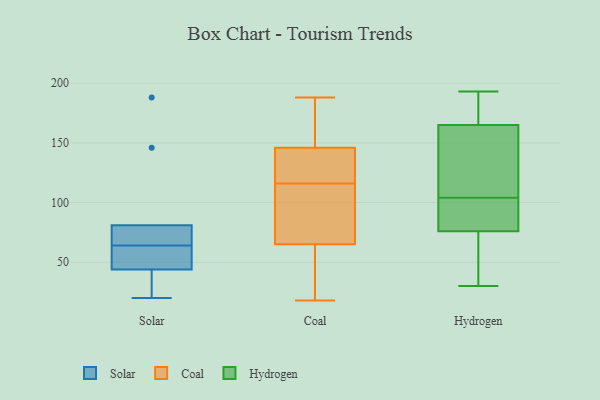
{"axis": {"x": "Population (Million)", "y": "Value"}, "legend": ["Coal", "Hydrogen", "Solar"], "data": [{"x": "", "y": 67, "type": "Solar"}, {"x": "", "y": 61, "type": "Solar"}, {"x": "", "y": 44, "type": "Solar"}, {"x": "", "y": 45, "type": "Solar"}, {"x": "", "y": 40, "type": "Solar"}, {"x": "", "y": 81, "type": "Solar"}, {"x": "", "y": 20, "type": "Solar"}, {"x": "", "y": 188, "type": "Solar"}, {"x": "", "y": 146, "type": "Solar"}, {"x": "", "y": 75, "type": "Solar"}, {"x": "", "y": 139, "type": "Coal"}, {"x": "", "y": 39, "type": "Coal"}, {"x": "", "y": 65, "type": "Coal"}, {"x": "", "y": 146, "type": "Coal"}, {"x": "", "y": 100, "type": "Coal"}, {"x": "", "y": 165, "type": "Coal"}, {"x": "", "y": 38, "type": "Coal"}, {"x": "", "y": 18, "type": "Coal"}, {"x": "", "y": 173, "type": "Coal"}, {"x": "", "y": 130, "type": "Coal"}, {"x": "", "y": 188, "type": "Coal"}, {"x": "", "y": 102, "type": "Coal"}, {"x": "", "y": 85, "type": "Coal"}, {"x": "", "y": 138, "type": "Coal"}, {"x": "", "y": 185, "type": "Hydrogen"}, {"x": "", "y": 78, "type": "Hydrogen"}, {"x": "", "y": 104, "type": "Hydrogen"}, {"x": "", "y": 86, "type": "Hydrogen"}, {"x": "", "y": 85, "type": "Hydrogen"}, {"x": "", "y": 30, "type": "Hydrogen"}, {"x": "", "y": 76, "type": "Hydrogen"}, {"x": "", "y": 137, "type": "Hydrogen"}, {"x": "", "y": 57, "type": "Hydrogen"}, {"x": "", "y": 112, "type": "Hydrogen"}, {"x": "", "y": 150, "type": "Hydrogen"}, {"x": "", "y": 192, "type": "Hydrogen"}, {"x": "", "y": 57, "type": "Hydrogen"}, {"x": "", "y": 171, "type": "Hydrogen"}, {"x": "", "y": 38, "type": "Hydrogen"}, {"x": "", "y": 165, "type": "Hydrogen"}, {"x": "", "y": 193, "type": "Hydrogen"}, {"x": "", "y": 104, "type": "Hydrogen"}]}